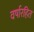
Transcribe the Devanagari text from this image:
वर्षारहित